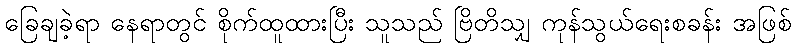
ခြေချခဲ့ရာ နေရာတွင် စိုက်ထူထားပြီး သူသည် ဗြိတိသျှ ကုန်သွယ်ရေးစခန်း အဖြစ်